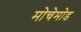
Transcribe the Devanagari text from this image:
मोचेमोड